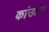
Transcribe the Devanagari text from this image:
कांउटर